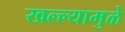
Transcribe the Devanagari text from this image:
खल्ल्यामुळे